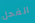
الفحل